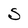
Character: S